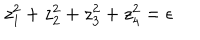
LaTeX: z _ { 1 } ^ { 2 } + z _ { 2 } ^ { 2 } + z _ { 3 } ^ { 2 } + z _ { 4 } ^ { 2 } = \epsilon